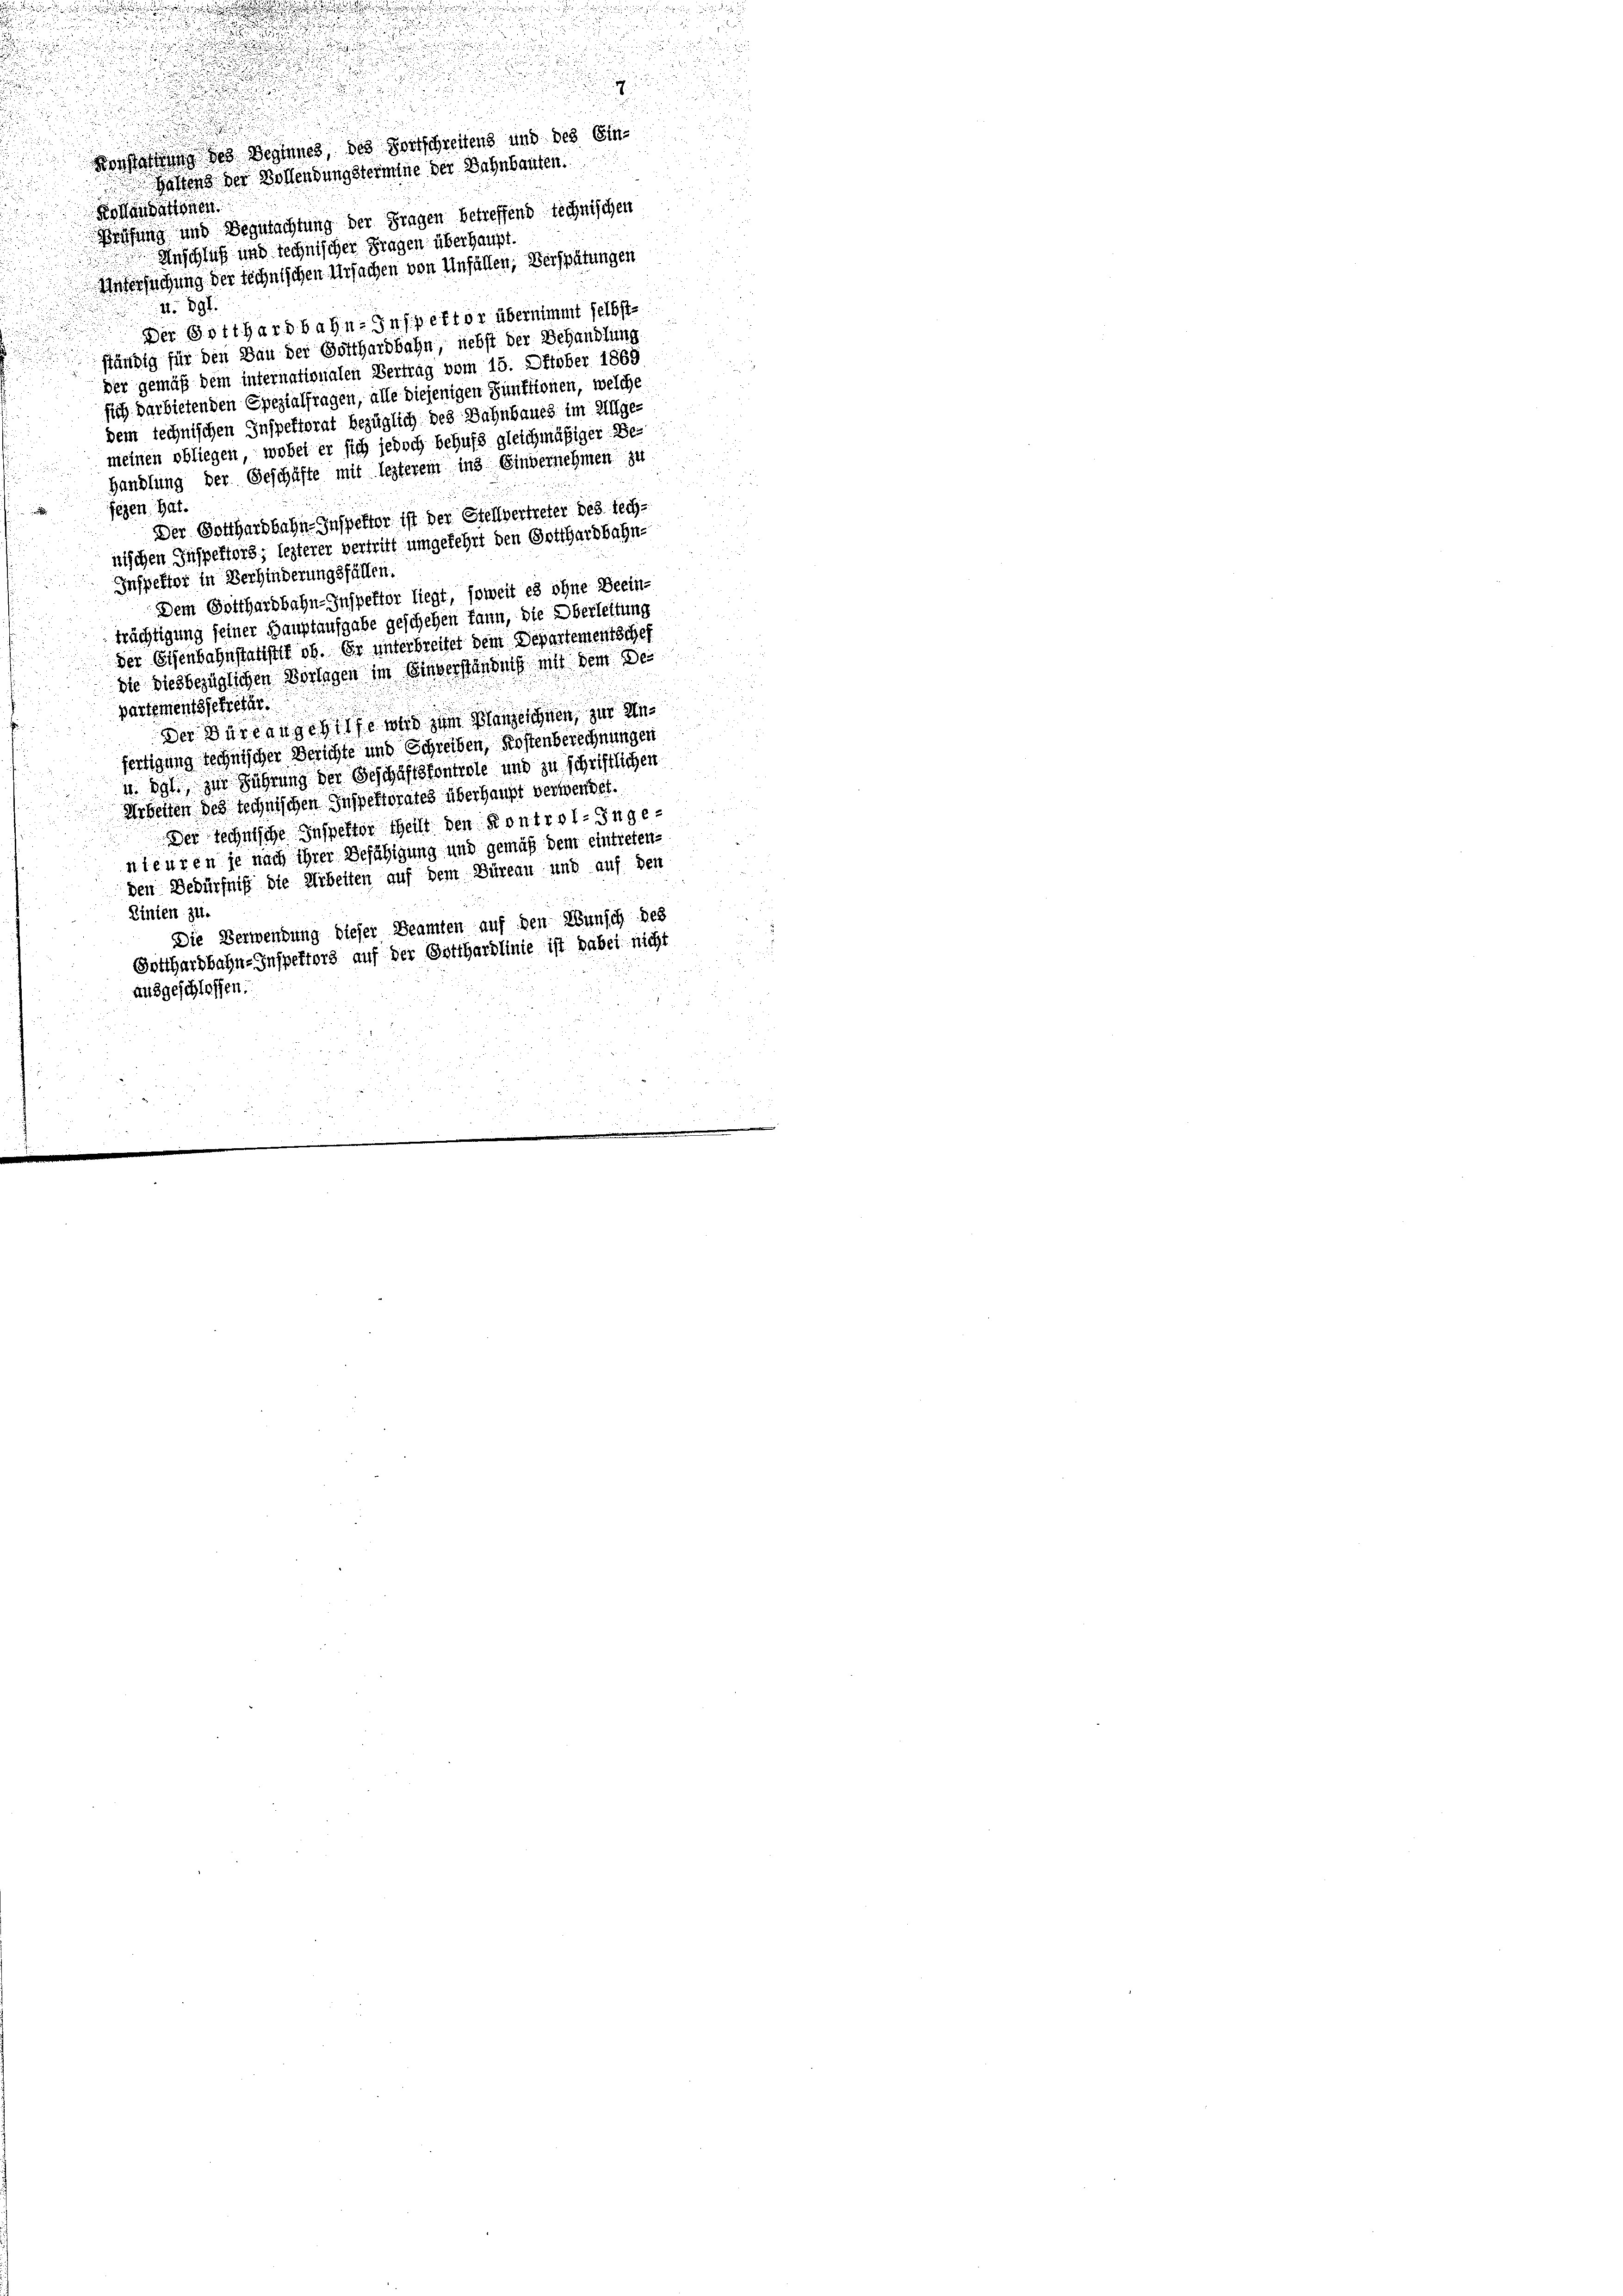
e

.

Konstattung des Beginnes, des Fortschreitens und des Ein-
Gattens der Vollendungstermine der Bahnbauten.
Kollaudationen
Prüfung und Begutachtung der Fragen betreffend technischen
Anschluß und technischer Fragen überhaupt.
Untersuchung der technischen Ursachen von Unfällen, Verspätungen
41. 891.
Der Gotthardbahn-Inspektor übernimmt selbst-
ständig für den Bau der Gotthardbahn, nebst der Behandlung
der gemäß dem internationalen Vertrag vom 15. Oktober 1869
sich darbietenden Spezialfragen, alle diejenigen Sunktionen, welche
dem technischen Inspektorat bezüglich des Bahnbaues im Allge-
meinen obliegen, wobei er sich jedoch behufs gleichmäßiger Be-
Handlung der Geschäfte mit lezterem ins Einvernehmen zu
iegen hat.
Der Gotthardbahn-Inspektor ist der Stellvertreter des technischen Inspektors; lezterer vertritt umgekehrt den Gotthardbahn-
Inspektor in Verhinderungsfällen.
Dem Gotthardbahn-Inspektor liegt, soweit es ohne Beein-
trächtigung seiner Hauptaufgabe geschehen kann, die Oberleitung
der Eisenbahnstatistik ob. Er unterbreitet dem Departementscher
die diesbezüglichen Vorlegen im Einverständnis und dem de
partementssekretär
der Verlangehilfe und zum Manzeichnen, zur Unfertigung technischer Berichte und Schreiben, Kostenberechnungen
u. dgl., zur Führung der Geschäftsfontrole und zu schriftlichen
Arbeiten des technischen Inspektorates überhaupt verwendet.
Der Rechnische Inspektor theilt den Kontrol-Ingenteuren je nach ihrer Befähigung und gemäß dem eintretene
den Bedürfniß die Arbeiten auf dem Büreau und auf den
Linien zu.
Die Verwendung dieser Beamten auf den Wunsch des
Gotthardbahn-Inspektors auf der Gotthardlinie ist dabei nicht
ausgeschlossen.

e